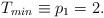
LaTeX: \begin{align*} T_{min}\equiv p_1 =2. \end{align*}